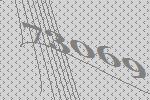
73069